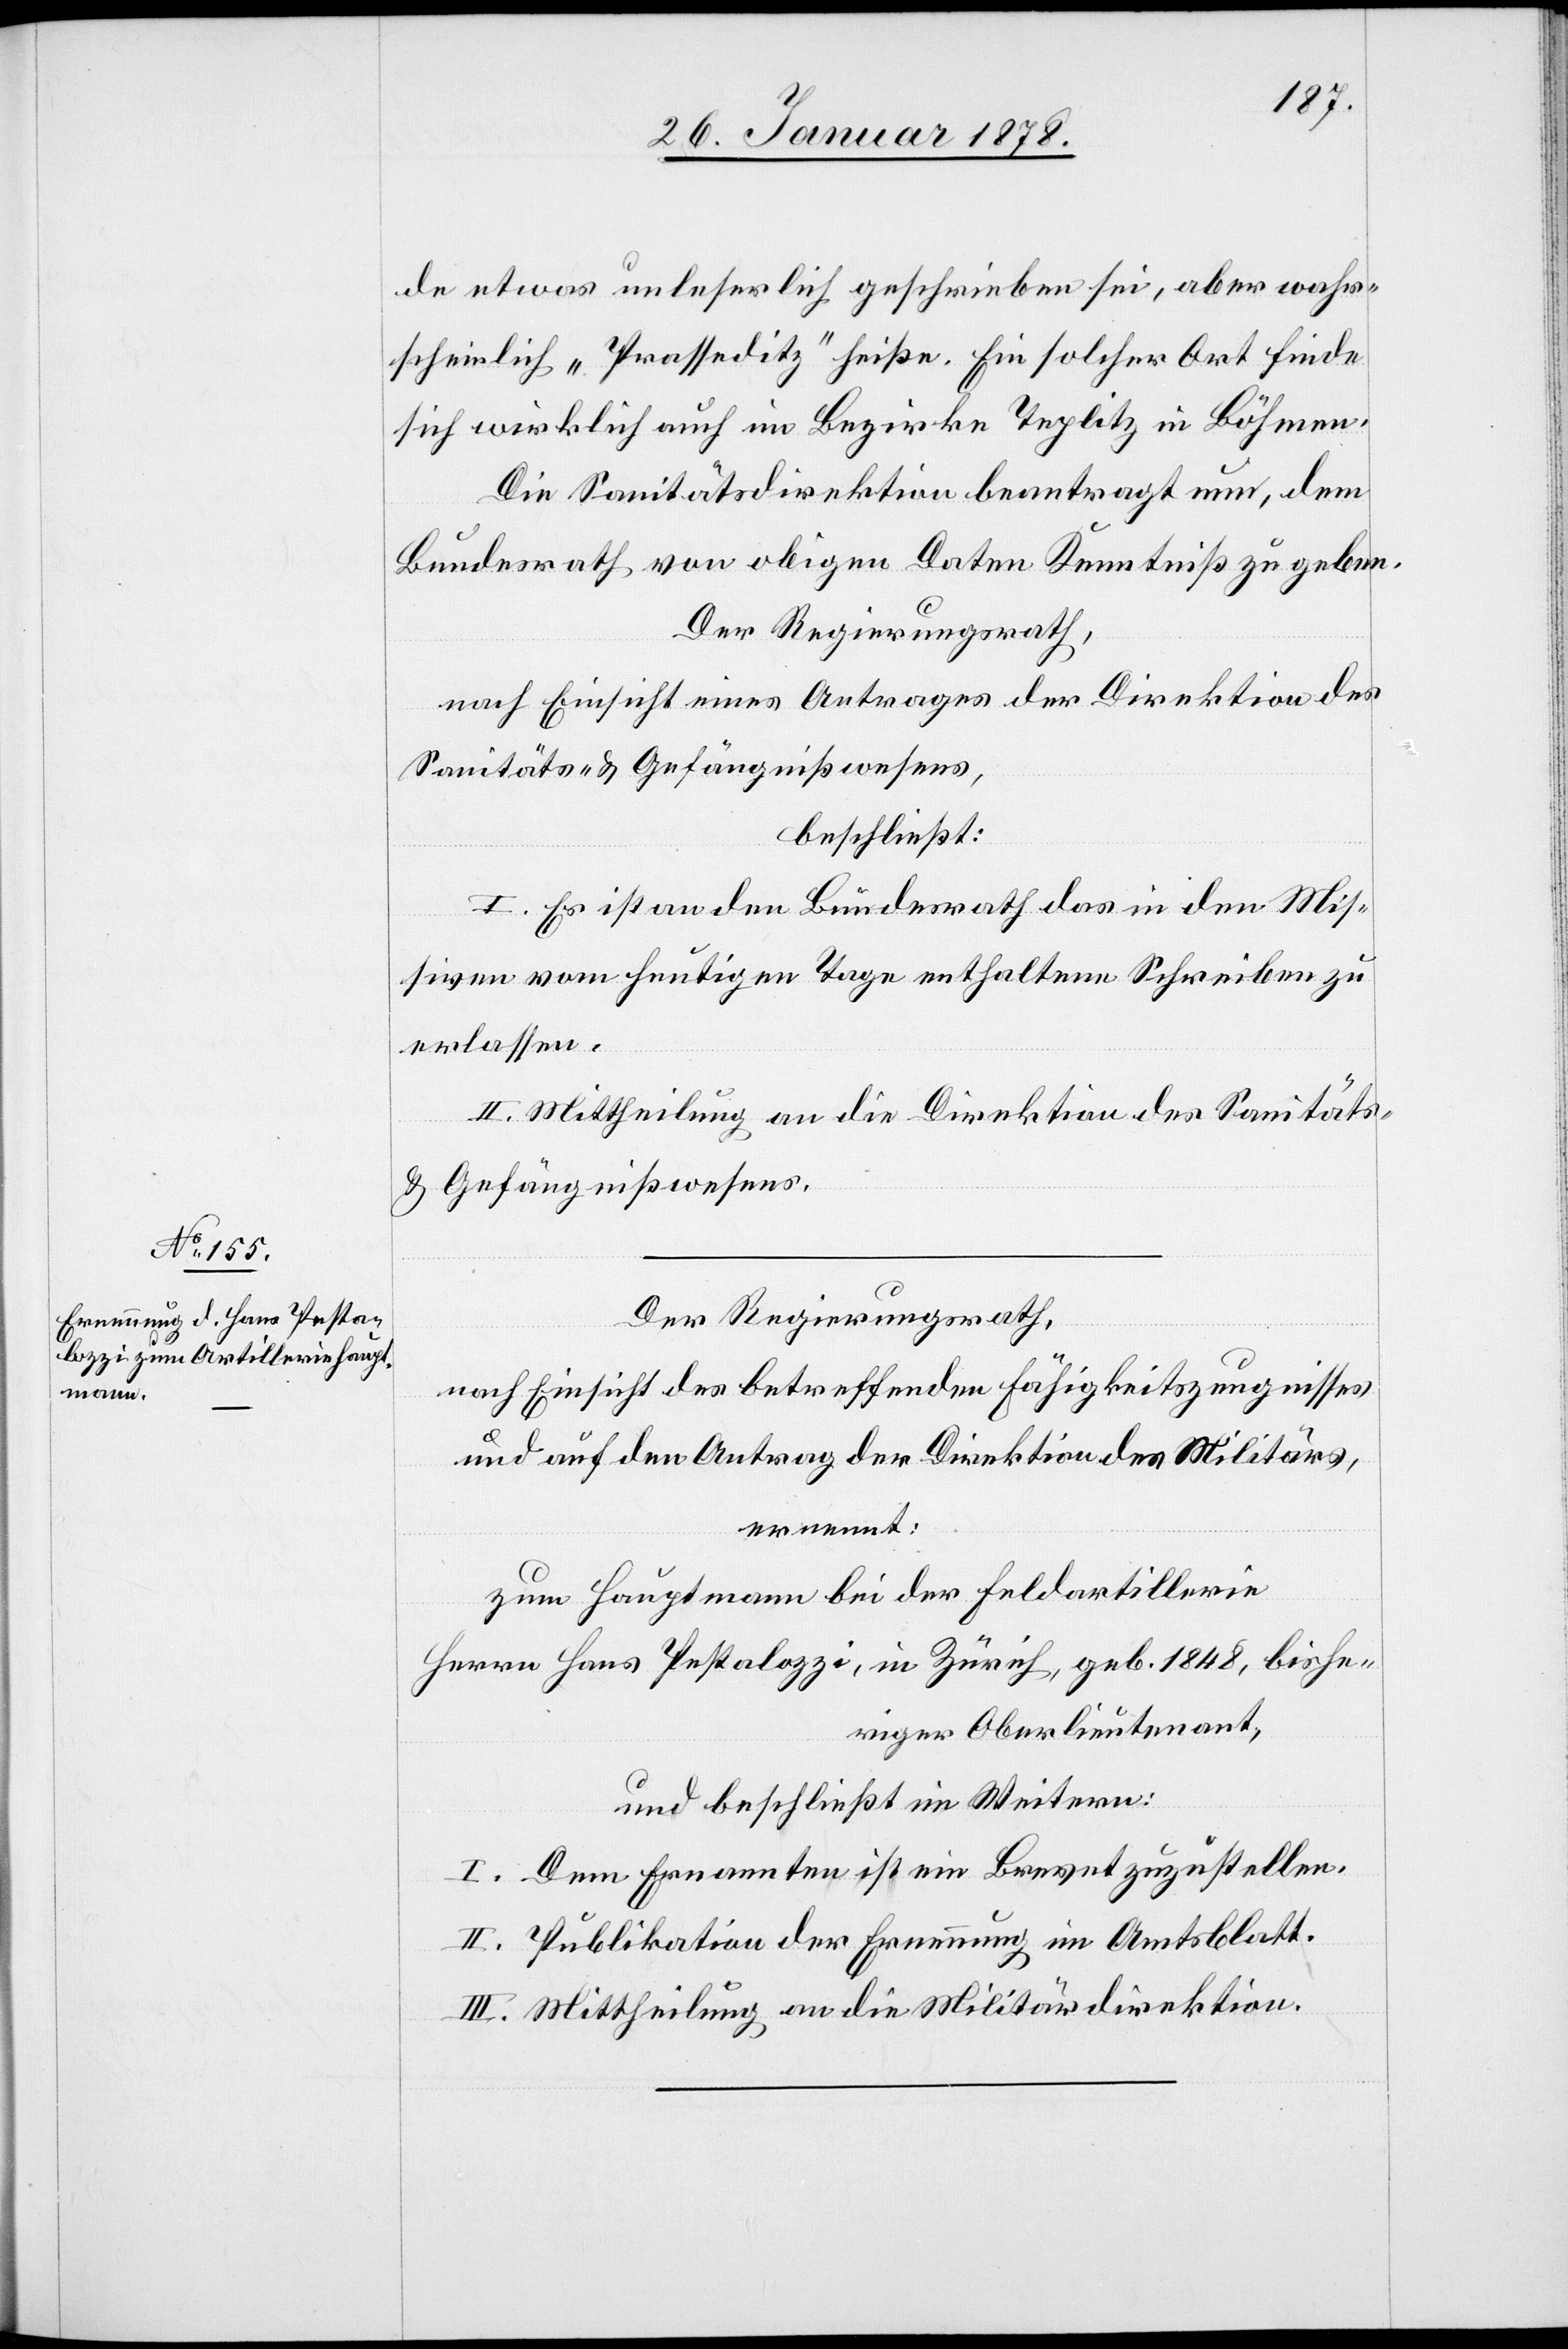
de etwas unleserlich geschrieben sei, aber wahr¬
scheinlich „Prasseditz“ heiße. Ein solcher Ort finde
sich wirklich auch im Bezirke Teplitz in Böhmen.
Die Sanitätsdirektion beantragt nun, dem
Bundesrath von obigen Daten Kenntniß zu geben.
Der Regierungsrath,
nach Einsicht eines Antrages der Direktion des
Sanitäts- & Gefängnißwesens,
beschließt:
I. Es ist an den Bundesrath das in den Mis¬
siven vom heutigen Tage enthaltene Schreiben zu
erlassen.
II. Mittheilung an die Direktion des Sanitäts-
& Gefängnißwesens.
Der Regierungsrath,
nach Einsicht des betreffenden Fähigkeitszeugnisses
und auf den Antrag der Direktion des Militärs,
ernennt:
zum Hauptmann bei der Feldartillerie
Herrn Hans Pestalozzi, in Zürich, geb. 1848, bishe¬
riger Oberlieutenant,
und beschließt im Weitern:
I. Dem Ernannten ist ein Brevet zuzustellen.
II. Publikation der Ernennung im Amtsblatt.
III. Mittheilung an die Militärdirektion.